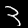
Digit: 3